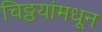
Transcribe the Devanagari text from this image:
चिठ्ठयांमधून